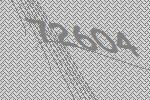
72604